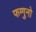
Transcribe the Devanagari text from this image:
फग्गुनो